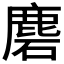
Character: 𪊞